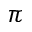
\pi